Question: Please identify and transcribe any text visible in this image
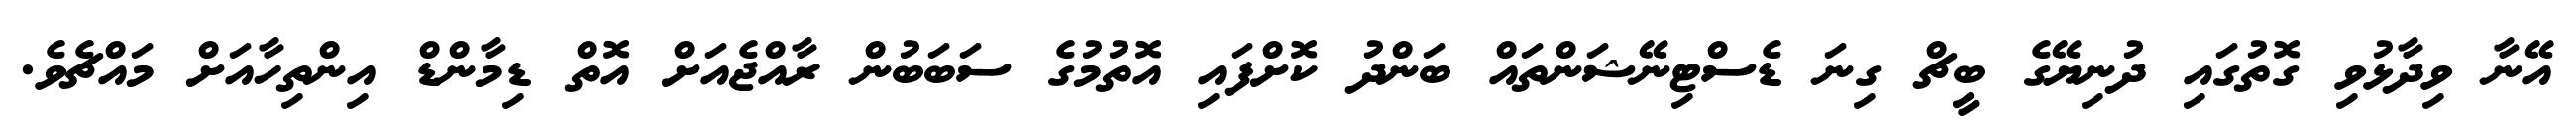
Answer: އޭނާ ވިދާޅުވި ގޮތުގައި ދުނިޔޭގެ ބީޗް ގިނަ ޑެސްޓިނޭޝަންތައް ބަންދު ކޮށްފައި އޮތުމުގެ ސަބަބުން ރާއްޖެއަށް އޮތް ޑިމާންޑް އިންތިހާއަށް މައްޗެވެ.